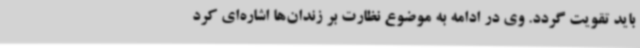
باید تقویت گردد. وی در ادامه به موضوع نظارت بر زندان‌ها اشاره‌ای کرد